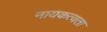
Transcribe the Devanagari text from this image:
नायकत्वता